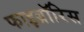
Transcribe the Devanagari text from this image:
फाइब्रॉरिस